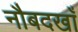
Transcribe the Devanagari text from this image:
नौबदखाँ